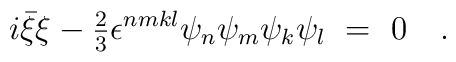
i\bar\xi\xi-{\textstyle{\frac23}}\epsilon^{nmkl}\psi_n\psi_m\psi_k\psi_l\ =\ 0 \quad.